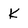
Character: K